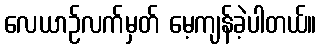
လေယာဉ်လက်မှတ် မေ့ကျန်ခဲ့ပါတယ်။